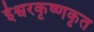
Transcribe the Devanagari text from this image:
ईश्वरकृष्णकृत